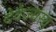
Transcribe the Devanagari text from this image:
देवेज्यस्य